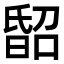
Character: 𣉈